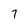
Character: 7